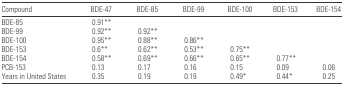
<table><thead><tr><td><b>Compound</b></td><td><b>BDE-47</b></td><td><b>BDE-85</b></td><td><b>BDE-99</b></td><td><b>BDE-100</b></td><td><b>BDE-153</b></td><td><b>BDE-154</b></td></tr></thead><tbody><tr><td>BDE-85</td><td>0.91**</td><td></td><td></td><td></td><td></td><td></td></tr><tr><td>BDE-99</td><td>0.92**</td><td>0.92**</td><td></td><td></td><td></td><td></td></tr><tr><td>BDE-100</td><td>0.95**</td><td>0.88**</td><td>0.86**</td><td></td><td></td><td></td></tr><tr><td>BDE-153</td><td>0.6**</td><td>0.62**</td><td>0.53**</td><td>0.75**</td><td></td><td></td></tr><tr><td>BDE-154</td><td>0.58**</td><td>0.69**</td><td>0.66**</td><td>0.65**</td><td>0.77**</td><td></td></tr><tr><td>PCB-153</td><td>0.13</td><td>0.17</td><td>0.16</td><td>0.15</td><td>0.09</td><td>0.06</td></tr><tr><td>Years in United States</td><td>0.35</td><td>0.19</td><td>0.19</td><td>0.49*</td><td>0.44*</td><td>0.25</td></tr></tbody></table>